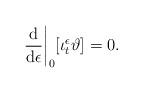
LaTeX: \begin{align*}\frac{\rm{d}}{\rm{d}\epsilon}\bigg|_0[\iota_t^\epsilon\vartheta]=0.\end{align*}